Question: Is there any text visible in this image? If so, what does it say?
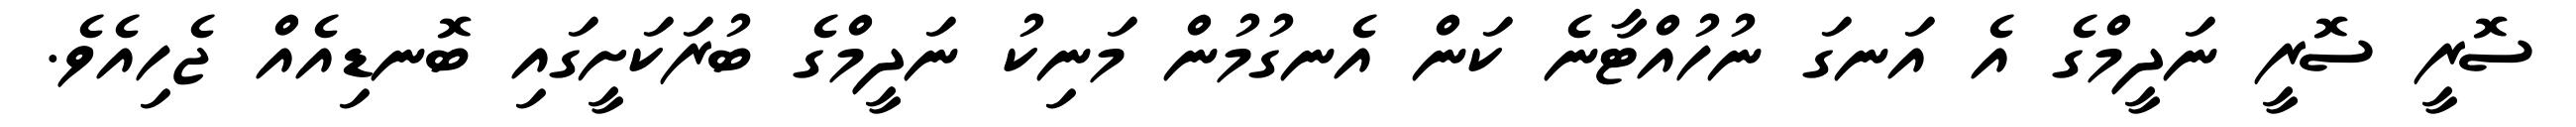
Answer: ސޮރީ ސޮރީ ނަދީމްގެ އެ އަނގަ ނުހުއްޓާނެ ކަން އެނގުމުން މަނިކު ނަދީމްގެ ބުރަކަށީގައި ބޮނޑިއެއް ޖެހިއެވެ.